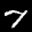
Label: 7